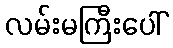
လမ်းမကြီးပေါ်